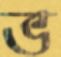
ভ